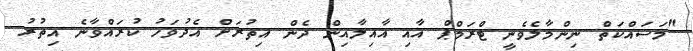
"މަސައްކަތް ނިންމާލެވެނީ ޓްރަމްޕް އާއި އާއިލާއިން ދެން އިތުރަށް އެދުވަހު ކުރައްވާނެ އިތުރު